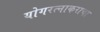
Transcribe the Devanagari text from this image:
योगरत्नाकराचा